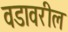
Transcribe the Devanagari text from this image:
वडावरील